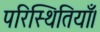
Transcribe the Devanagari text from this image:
परिस्थितियाँ।